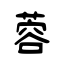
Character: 蓉